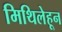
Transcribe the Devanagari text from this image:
मिथिलेहून